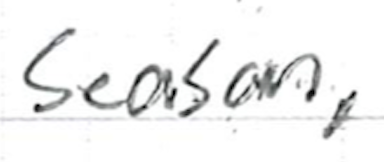
Text: season,
Cross-out: clean
Writing tool: ballpoint